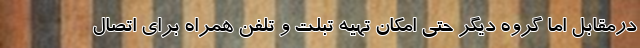
درمقابل اما گروه دیگر حتی امکان تهیه تبلت و تلفن همراه برای اتصال